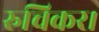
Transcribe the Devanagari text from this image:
रुचिकर।